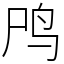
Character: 鸤